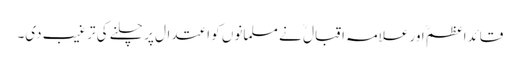
قائداعظمؒ اور علامہ اقبال ؒ نے مسلمانوں کو اعتدال پر چلنے کی ترغیب دی۔